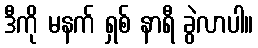
ဒီကို မနက် ရှစ် နာရီ ခွဲလာပါ။